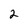
Character: 2